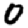
Digit: 0